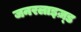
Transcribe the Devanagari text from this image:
जनरलाइज़्ड